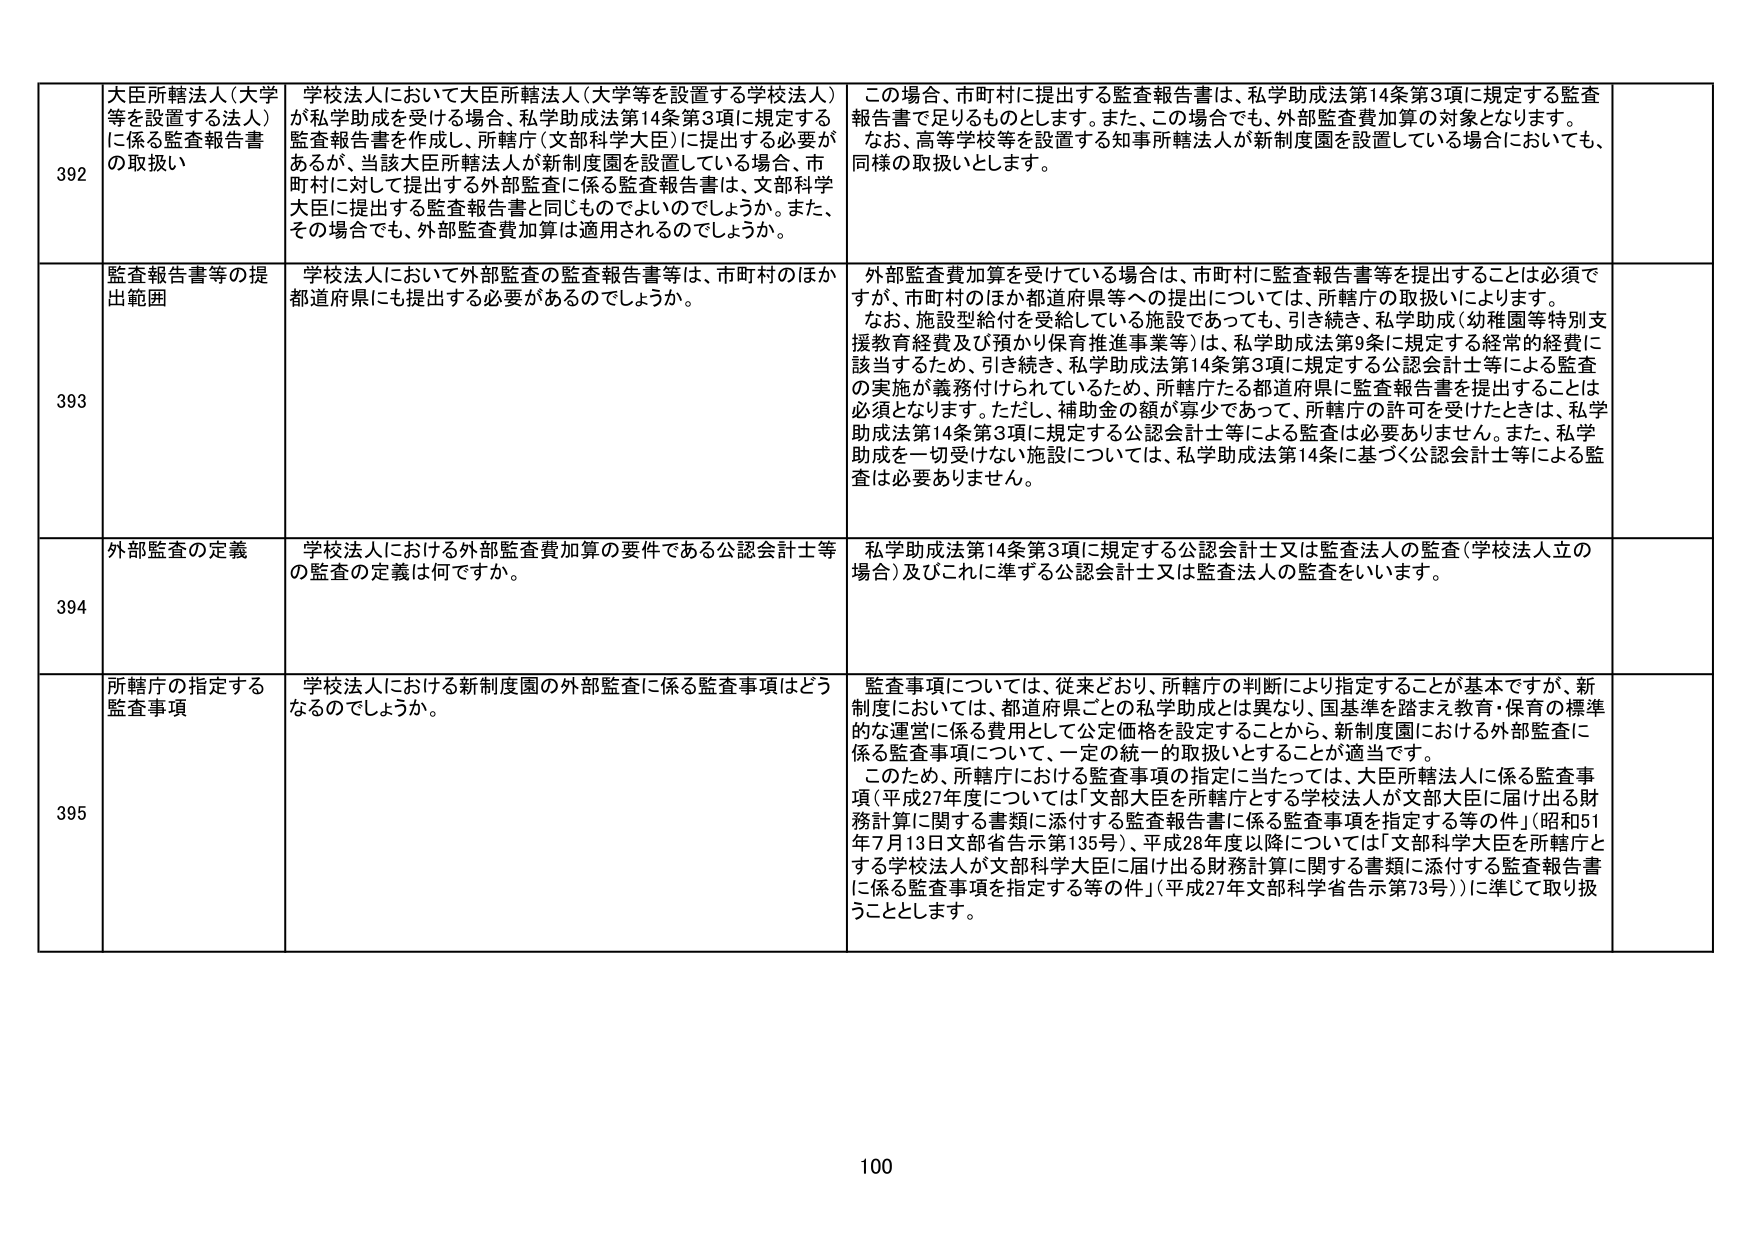
392 大臣所轄法人（大学等を設置する法人）に係る監査報告書の取扱い
学校法人において大臣所轄法人（大学等を設置する学校法人）が私学助成を受ける場合、私学助成法第14条第3項に規定する監査報告書を作成し、所轄庁（文部科学大臣）に提出する必要があるが、当該大臣所轄法人が新制度園を設置している場合、市町村に対して提出する外部監査に係る監査報告書は、文部科学大臣に提出する監査報告書と同じものでよいのでしょうか。また、その場合でも、外部監査費加算は適用されるのでしょうか。
この場合、市町村に提出する監査報告書は、私学助成法第14条第3項に規定する監査報告書で足りるものとします。また、この場合でも、外部監査費加算の対象となります。なお、高等学校等を設置する知事所轄法人が新制度園を設置している場合においても、同様の取扱いとします。

393 監査報告書等の提出範囲
学校法人において外部監査の監査報告書等は、市町村のほか都道府県にも提出する必要があるのでしょうか。
外部監査費加算を受けている場合は、市町村に監査報告書等を提出することは必須ですが、市町村のほか都道府県等への提出については、所轄庁の取扱いによります。なお、施設型給付を受給している施設であっても、引き続き、私学助成（幼稚園等特別支援教育経費及び預かり保育推進事業等）は、私学助成法第9条に規定する経常的経費に該当するため、引き続き、私学助成法第14条第3項に規定する公認会計士等による監査の実施が義務付けられているため、所轄庁たる都道府県に監査報告書を提出することは必須となります。ただし、補助金の額が寡少であって、所轄庁の許可を受けたときは、私学助成法第14条第3項に規定する公認会計士等による監査は必要ありません。また、私学助成を一切受けない施設については、私学助成法第14条に基づく公認会計士等による監査は必要ありません。

394 外部監査の定義
学校法人における外部監査費加算の要件である公認会計士等の監査の定義は何ですか。
私学助成法第14条第3項に規定する公認会計士又は監査法人の監査（学校法人立の場合）及びこれに準ずる公認会計士又は監査法人の監査をいいます。

395 所轄庁の指定する監査事項
学校法人における新制度園の外部監査に係る監査事項はどうなるのでしょうか。
監査事項については、従来どおり、所轄庁の判断により指定することが基本ですが、新制度においては、都道府県ごとの私学助成とは異なり、国基準を踏まえ教育・保育の標準的な運営に係る費用として公定価格を設定することから、新制度園における外部監査に係る監査事項について、一定の統一的取扱いとすることが適当です。このため、所轄庁における監査事項の指定に当たっては、大臣所轄法人に係る監査事項（平成27年度については「文部大臣を所轄庁とする学校法人が文部大臣に届け出る財務計算に関する書類に添付する監査報告書に係る監査事項を指定する等の件」（昭和51年7月13日文部省告示第135号）、平成28年度以降については「文部科学大臣を所轄庁とする学校法人が文部科学大臣に届け出る財務計算に関する書類に添付する監査報告書に係る監査事項を指定する等の件」（平成27年文部科学省告示第73号））に準じて取り扱うこととします。

100